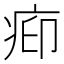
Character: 𬏥